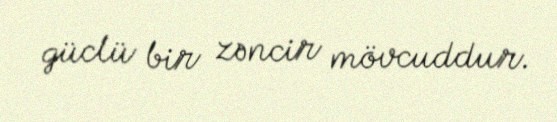
güclü bir zəncir mövcuddur.